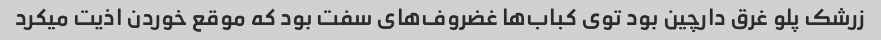
زرشک پلو غرق دارچین بود توی کباب‌ها غضروف‌های سفت بود که موقع خوردن اذیت میکرد